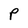
Character: P